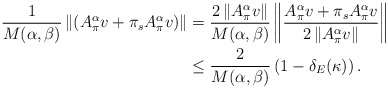
\begin{align*}\dfrac{1}{M(\alpha,\beta)} \left\lVert \left( A_\pi^\alpha v +\pi_s A_\pi^\alpha v \right)\right\rVert &= \dfrac{2 \left\lVert A_\pi^\alpha v \right\rVert }{M(\alpha,\beta)} \left\lVert \dfrac{ A_\pi^\alpha v +\pi_s A_\pi^\alpha v }{2\left\lVert A_\pi^\alpha v\right\rVert}\right\rVert\\&\le \dfrac{2}{M(\alpha,\beta)}\left(1-\delta_E(\kappa)\right).\end{align*}